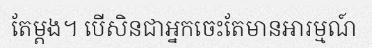
តែម្តង។ បើសិនជាអ្នកចេះតែមានអារម្មណ៍